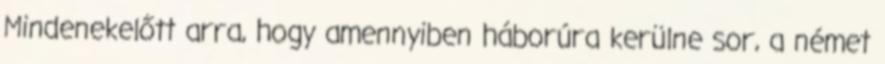
Mindenekelőtt arra, hogy amennyiben háborúra kerülne sor, a német